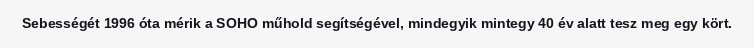
Sebességét 1996 óta mérik a SOHO műhold segítségével, mindegyik mintegy 40 év alatt tesz meg egy kört.